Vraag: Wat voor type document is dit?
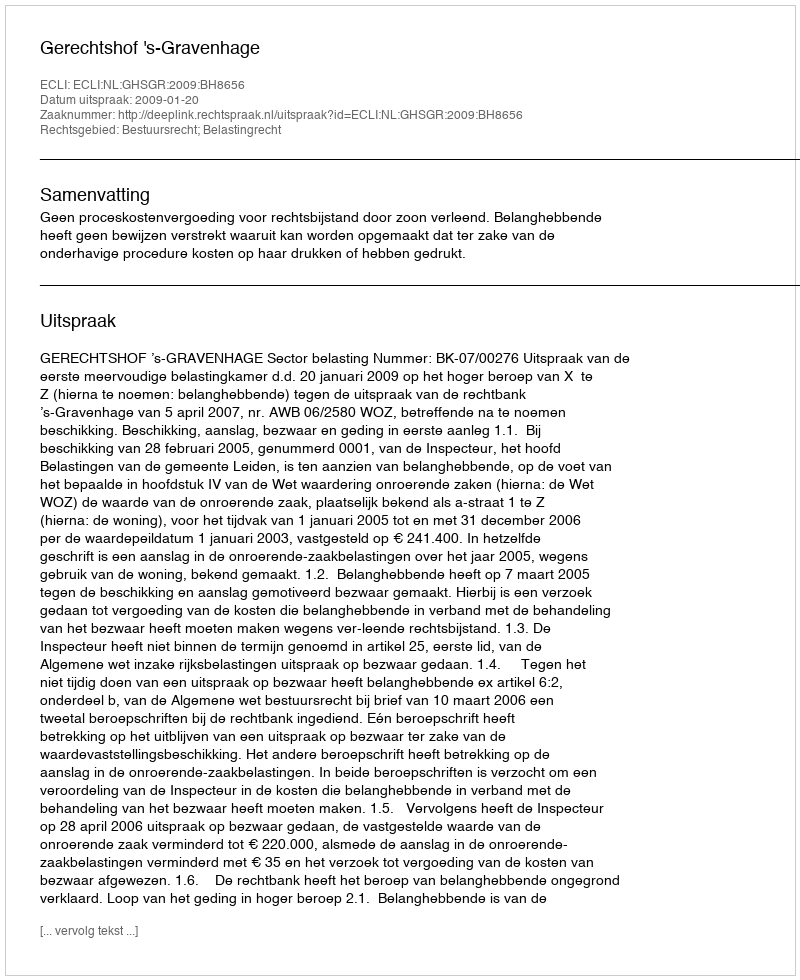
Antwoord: Uitspraak